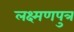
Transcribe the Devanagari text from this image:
लक्ष्मणपुत्र